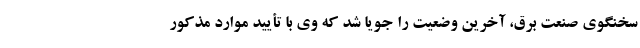
سخنگوی صنعت برق،‌ آخرین وضعیت را جویا شد که وی با تأیید موارد مذکور